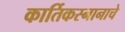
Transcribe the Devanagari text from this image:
कार्तिकस्नानाचे